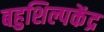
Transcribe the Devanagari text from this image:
बहुशिल्पकेंद्र